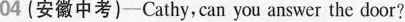
04(安徽中考)-Cathy,can you answer the door?